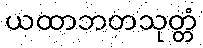
ယထာဘတသုတ္တံ